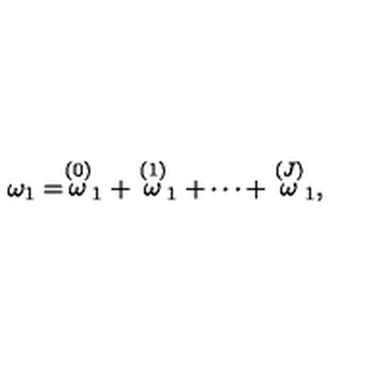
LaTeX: \omega _ { 1 } = \stackrel { \left( 0 \right) } { \omega } _ { 1 } + \stackrel { \left( 1 \right) } { \omega } _ { 1 } + \cdots + \stackrel { \left( J \right) } { \omega } _ { 1 } ,